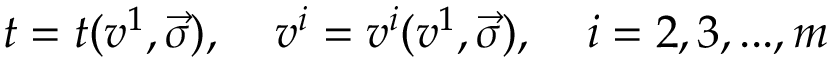
t = t ( v ^ { 1 } , \vec { \sigma } ) , \; \; \; \; v ^ { i } = v ^ { i } ( v ^ { 1 } , \vec { \sigma } ) , \; \; \; \; i = 2 , 3 , . . . , m